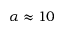
\alpha \approx 1 0